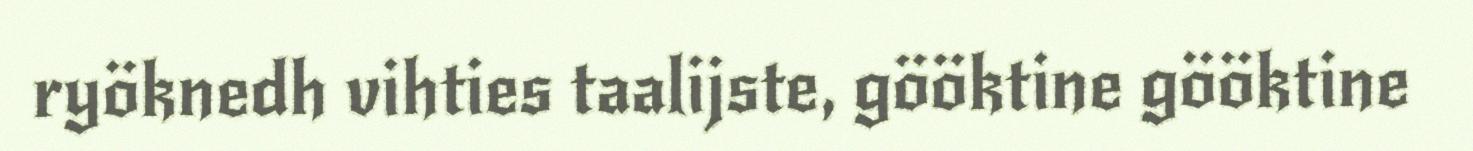
ryöknedh vihties taalijste, gööktine gööktine